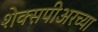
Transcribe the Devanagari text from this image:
शेक्सपीअरच्या